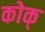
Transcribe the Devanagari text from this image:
कोक्